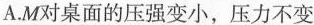
A.M对桌面的压强变小，压力不变